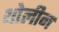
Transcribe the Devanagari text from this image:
थोलीन